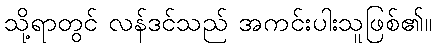
သို့ရာတွင် လန်ဒင်သည် အကင်းပါးသူဖြစ်၏။